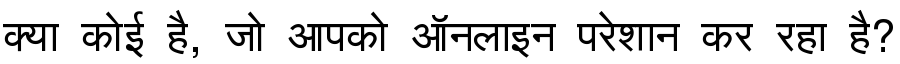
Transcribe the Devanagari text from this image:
क्या कोई है, जो आपको ऑनलाइन परेशान कर रहा है?